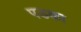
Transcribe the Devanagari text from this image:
पडका